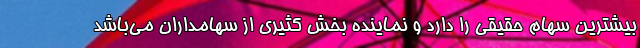
بیشترین سهام حقیقی را دارد و نماینده بخش کثیری از سهامداران می‌باشد